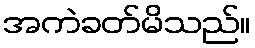
အကဲခတ်မိသည်။